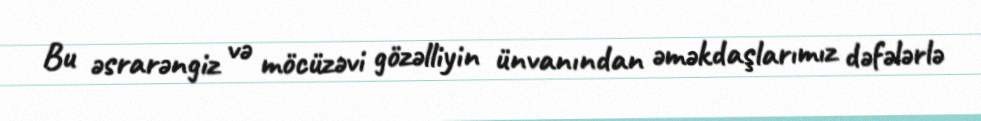
Bu əsrarəngiz və möcüzəvi gözəlliyin ünvanından əməkdaşlarımız dəfələrlə